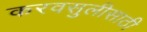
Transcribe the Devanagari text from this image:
करवसुलीसाठी